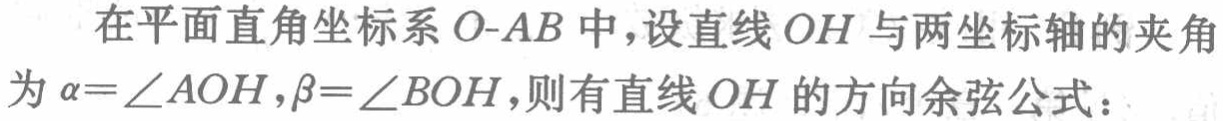
在平面直角坐标系\(O - AB\)中，设直线\(OH\)与两坐标轴的夹角为\(\alpha = \angle AOH,\beta = \angle BOH\)，则有直线\(OH\)的方向余弦公式：